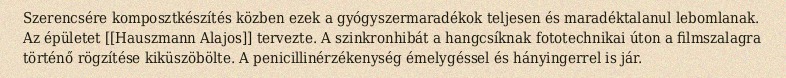
Szerencsére komposztkészítés közben ezek a gyógyszermaradékok teljesen és maradéktalanul lebomlanak. Az épületet [[Hauszmann Alajos]] tervezte. A szinkronhibát a hangcsíknak fototechnikai úton a filmszalagra történő rögzítése kiküszöbölte. A penicillinérzékenység émelygéssel és hányingerrel is jár.